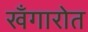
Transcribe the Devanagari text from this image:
खँगारोत